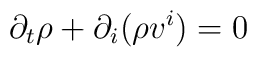
\partial_t \rho + \partial_i (\rho v^i) = 0